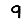
Digit: 9